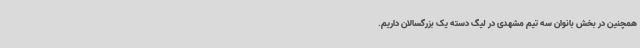
همچنین در بخش بانوان سه تیم مشهدی در لیگ دسته یک بزرگسالان داریم.